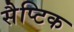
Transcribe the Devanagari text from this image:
सैप्टिक